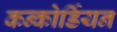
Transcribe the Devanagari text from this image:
कन्कोर्डियन